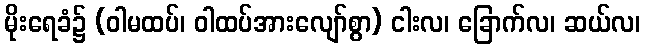
မိုးရေခံ၌ (ဝါမထပ်၊ ဝါထပ်အားလျော်စွာ) ငါးလ၊ ခြောက်လ၊ ဆယ်လ၊